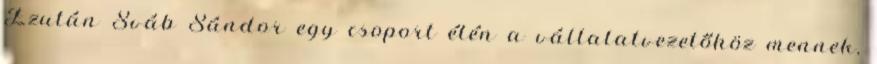
Ezután Sváb Sándor egy csoport élén a vállalatvezetőhöz mennek,